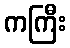
ကကြီး